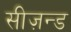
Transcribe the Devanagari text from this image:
सीज़न्ड